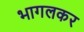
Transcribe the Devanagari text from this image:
भागलकर